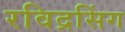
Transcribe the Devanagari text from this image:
रविद्रसिंग